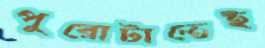
পুরোটাতেই